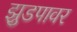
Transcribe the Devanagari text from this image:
झुडपावर